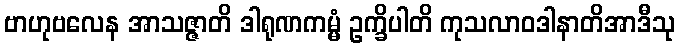
ဗာဟုဗလေန အာသဇ္ဇာတိ ဒါရုဏကမ္မံ ဥက္ခိပါတိ ကုသလာဝဒါနာတိအာဒီသု